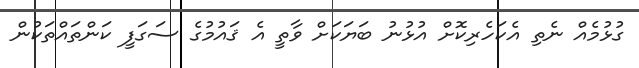
ގުޅުމެއް ނެތި އެކަހެރިކޮށް އުޅުނު ބަޔަކަށް ވާތީ އެ ޤައުމުގެ ސަގަފީ ކަންތައްތަކުން